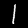
Digit: 1